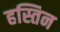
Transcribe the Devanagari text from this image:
हस्तिन